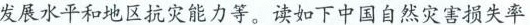
发展水平和地区抗灾能力等。读如下中国自然灾害损失率